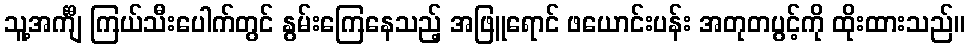
သူ့အင်္ကျီ ကြယ်သီးပေါက်တွင် နွမ်းကြေနေသည့် အဖြူရောင် ဖယောင်းပန်း အတုတပွင့်ကို ထိုးထားသည်။